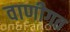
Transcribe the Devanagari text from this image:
वाणीगत